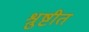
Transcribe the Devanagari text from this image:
श्रुष्टीत